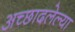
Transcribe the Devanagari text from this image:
अच्छादलेल्या